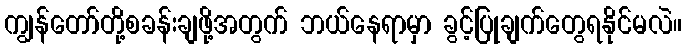
ကျွန်တော်တို့စခန်းချဖို့အတွက် ဘယ်နေရာမှာ ခွင့်ပြုချက်တွေရနိုင်မလဲ။